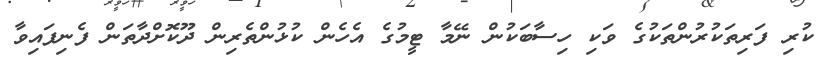
ކުރި ފަރިތަކުރުންތަކުގެ ވަކި ހިސާބަކުން ނޭމާ ޓީމުގެ އެހެން ކުޅުންތެރިން ދޫކޮށްދާތަން ފެނިފައިވާ